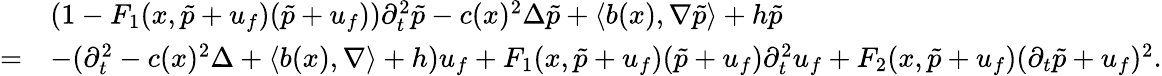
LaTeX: \begin{array}{rl}&{(1-F_{1}(x,\tilde{p}+u_{f})(\tilde{p}+u_{f}))\partial_{t}^{2}\tilde{p}-c(x)^{2}\Delta\tilde{p}+\langle b(x),\nabla\tilde{p}\rangle+h\tilde{p}}\\ {=}&{-(\partial_{t}^{2}-c(x)^{2}\Delta+\langle b(x),\nabla\rangle+h)u_{f}+F_{1}(x,\tilde{p}+u_{f})(\tilde{p}+u_{f})\partial_{t}^{2}u_{f}+F_{2}(x,\tilde{p}+u_{f})(\partial_{t}\tilde{p}+u_{f})^{2}.}\end{array}